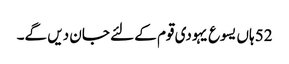
52 ہاں یسوع یہودی قوم کے لئے جان دیں گے۔